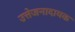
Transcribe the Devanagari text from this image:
उत्तेजनादायक